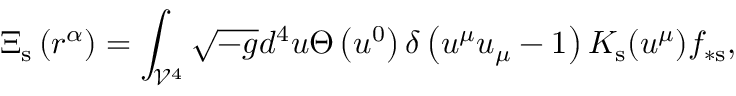
\Xi _ { \mathrm { s } } \left( r ^ { \alpha } \right) = \int _ { \mathcal { V } ^ { 4 } } \sqrt { - g } d ^ { 4 } u \Theta \left( u ^ { 0 } \right) \delta \left( u ^ { \mu } u _ { \mu } - 1 \right) K _ { \mathrm { s } } ( u ^ { \mu } ) f _ { \ast \mathrm { s } } ,